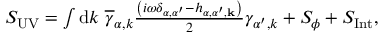
\begin{array} { r } { S _ { \mathrm { { U V } } } = \int \mathrm { d } { k } \ \overline { { \gamma } } _ { \alpha , { k } } \frac { \left( i \omega \delta _ { \alpha , \alpha ^ { \prime } } - h _ { \alpha , \alpha ^ { \prime } , \mathbf { k } } \right) } { 2 } \gamma _ { \alpha ^ { \prime } , { k } } + S _ { \phi } + S _ { \mathrm { I n t } } , } \end{array}